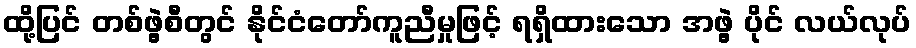
ထို့ပြင် တစ်ဖွဲ့စီတွင် နိုင်ငံတော်ကူညီမှုဖြင့် ရရှိထားသော အဖွဲ့ ပိုင် လယ်လုပ်